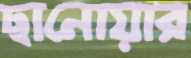
ছানোয়ার